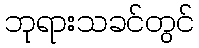
ဘုရားသခင်တွင်